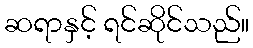
ဆရာနှင့် ရင်ဆိုင်သည်။